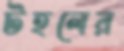
টহলের